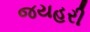
જયહરી